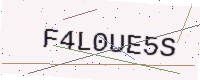
Text: F4L0UE5S